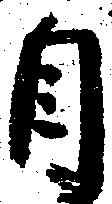
自